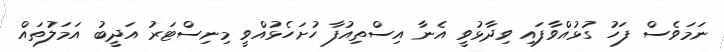
ނަމަވެސް ފަހު ގުޅުއްވާފައި ވިދާޅުވީ އެނާ އިސްތިއުފާ ހުށަހެޅުއްވީ މިނިސްޓަރު އަދީބު އަމަލުތައް